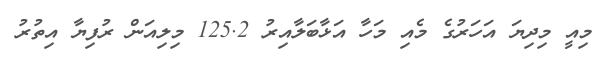
މިއީ މިދިޔަ އަހަރުގެ މެއި މަހާ އަޅާބަލާއިރު 125.2 މިލިއަން ރުފިޔާ އިތުރު